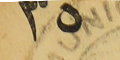
٢٥